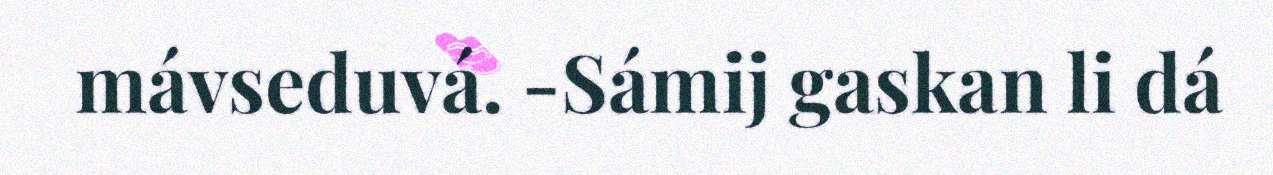
mávseduvá. -Sámij gaskan li dá